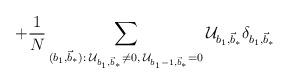
LaTeX: \begin{align*} + \frac{1}{N}\sum_{(b_1,\vec{b}_\ast):\;\mathcal{U}_{b_1,\vec{b}_\ast}\neq 0, \; \mathcal{U}_{b_1-1,\vec{b}_\ast}= 0}\mathcal{U}_{b_1,\vec{b}_\ast}\delta_{b_1,\vec{b}_\ast}\;\;\end{align*}